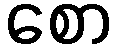
စော